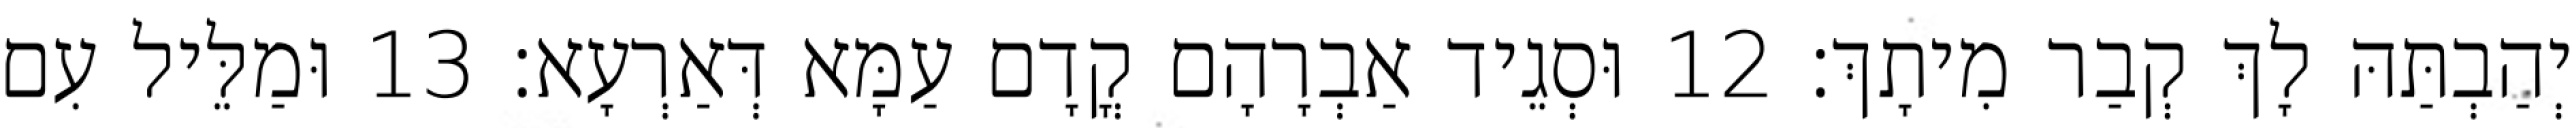
יְהַבְתַּהּ לָךְ קְבַר מִיתָךְ׃ 12 וּסְגֵיד אַבְרָהָם קֳדָם עַמָּא דְּאַרְעָא׃ 13 וּמַלֵּיל עִם